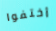
أختفوا